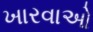
ખારવાઓ